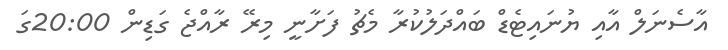
އާސެނަލް އާއި ޔުނައިޓެޑް ބައްދަލުކުރާ މެޗު ފަށާނީ މިރޭ ރާއްޖެ ގަޑިން 20:00ގަ